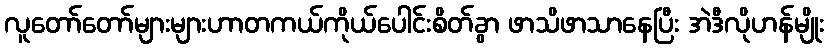
လူတော်တော်များများဟာတကယ်ကိုယ်ပေါင်းစိတ်ခွာ ဖာသိဖာသာနေပြီး အဲဒီလိုဟန်မျိုး